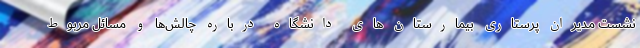
نشست مدیران پرستاری بیمارستان های دانشگاه درباره چالش‌ها و مسائل مربوط